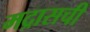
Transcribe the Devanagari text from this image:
मद्रासची